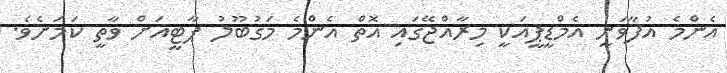
އެންމެ އުފާވަނީ އެމްޑީޕީއަކީ މިރާއްޖޭގައި އޮތް އެންމެ މަގުބޫލު ޕާޓީއަށް ވާތީ ކަމަށެވެ.